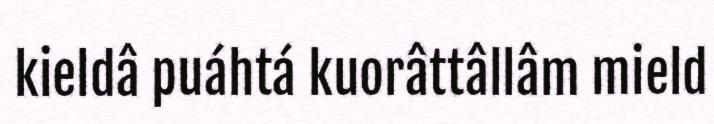
kieldâ puáhtá kuorâttâllâm mield